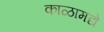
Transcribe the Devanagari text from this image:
काळामद्ये